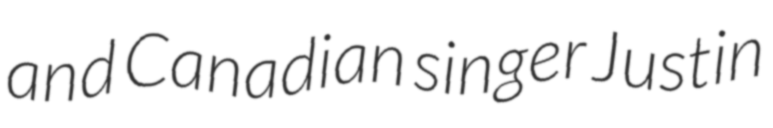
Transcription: and Canadian singer Justin